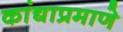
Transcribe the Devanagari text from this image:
कांद्याप्रमाणे